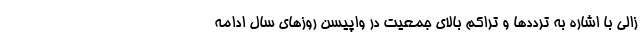
زالی با اشاره به ترددها و تراکم بالای جمعیت در واپیسن روزهای سال ادامه